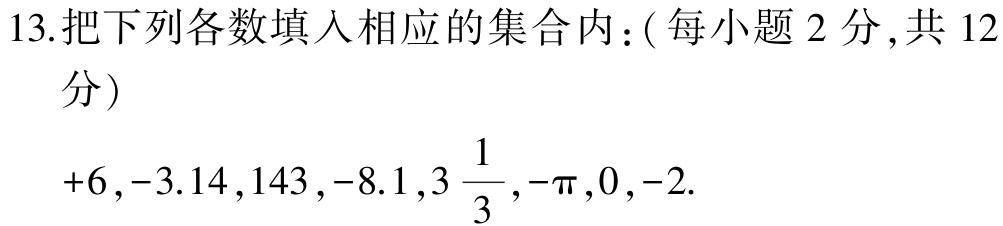
13.把下列各数填入相应的集合内：( 每小题 2 分 ,共 12分)
$+6,-3.14,143,-8.1,3\frac{1}{3},-\pi,0,-2.$